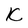
Character: k